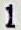
1